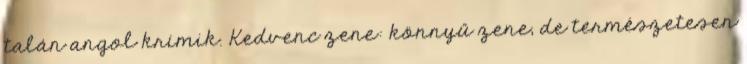
talán angol krimik. Kedvenc zene: könnyű zene, de természetesen